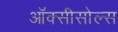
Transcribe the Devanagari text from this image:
ऑक्सीसोल्स